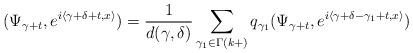
LaTeX: \begin{align*}(\Psi_{\gamma+t},e^{i\left\langle \gamma+\delta+t,x\right\rangle })=\frac{1}{d(\gamma,\delta)}\sum_{\gamma_{1}\in\Gamma(k+)}q_{\gamma_{1}}(\Psi_{\gamma+t},e^{i\left\langle \gamma+\delta-\gamma_{1}+t,x\right\rangle })\end{align*}